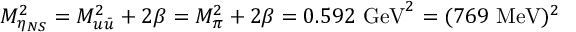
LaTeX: M _ { \eta _ { N S } } ^ { 2 } = M _ { u \bar { u } } ^ { 2 } + 2 \beta = M _ { \pi } ^ { 2 } + 2 \beta = 0 . 5 9 2 \, \, \mathrm { G e V } ^ { 2 } = ( 7 6 9 \, \, \mathrm { M e V } ) ^ { 2 }